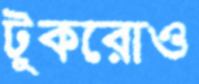
টুকরোও